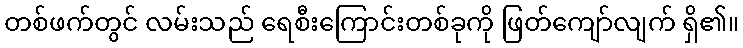
တစ်ဖက်တွင် လမ်းသည် ရေစီးကြောင်းတစ်ခုကို ဖြတ်ကျော်လျက် ရှိ၏။